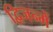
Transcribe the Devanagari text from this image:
द्विजन्में